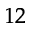
^ { 1 2 }